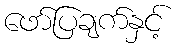
ဖော်ပြချက်နှင့်